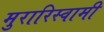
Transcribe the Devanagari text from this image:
मुरारिस्वामी